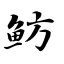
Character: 鲂